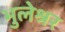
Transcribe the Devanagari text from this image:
भुलेश्रर